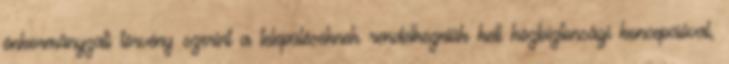
önkormányzati törvény szerint a településeknek rendelkezniük kell közbiztonsági koncepcióval,